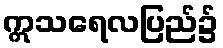
ဣသရေလပြည်၌